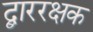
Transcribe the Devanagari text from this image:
द्बाररक्षक